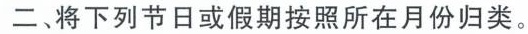
二、将下列节日或假期按照所在月份归类。